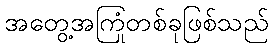
အတွေ့အကြုံတစ်ခုဖြစ်သည်